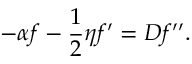
- \alpha f - \frac { 1 } { 2 } \eta f ^ { \prime } = D f ^ { \prime \prime } .